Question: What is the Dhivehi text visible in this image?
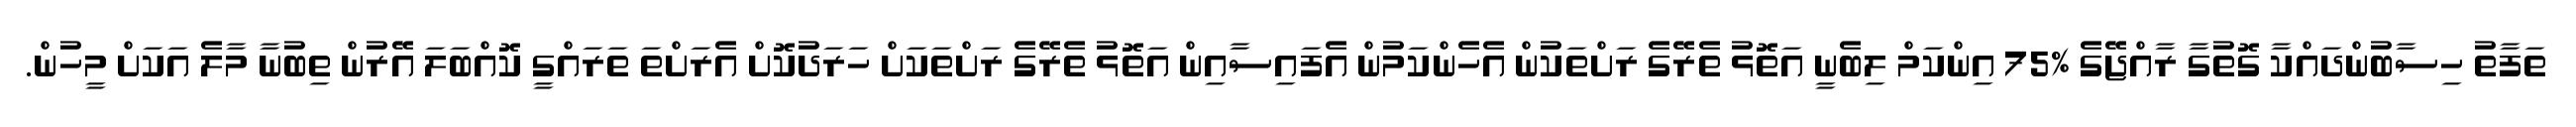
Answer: ތަފާތު ހިސާބުންދައްކާ ގޮތުގާ ރާއްޖޭގެ %75 އިންކަމް ލިބެނީ އަތޮޅު ތެރޭގެ ރަށްތަކުން އެހެންކަމުން އެފައިސާއިން އަތޮޅު ތެރޭގެ ރަށްތަކަށް ހަރަދުކޮށް އެރަށްތަ ތަރައްގީ ކޮއްބަލަ އޭރުން ތިބުނާ މާލެ އަކަށް މީހުން.